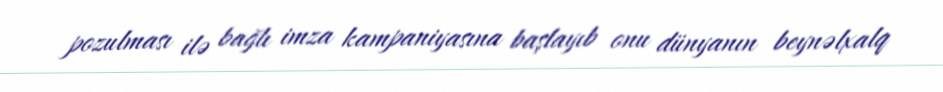
pozulması ilə bağlı imza kampaniyasına başlayıb onu dünyanın beynəlxalq